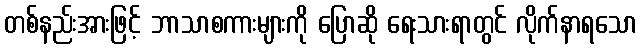
တစ်နည်းအားဖြင့် ဘာသာစကားများကို ပြောဆို ရေးသားရာတွင် လိုက်နာရသော